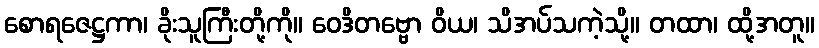
စောရဇေဋ္ဌကာ၊ ခိုးသူကြီးတို့ကို။ ဝေဒိတဗ္ဗော ဝိယ၊ သိအပ်သကဲ့သို့။ တထာ၊ ထို့အတူ။